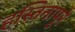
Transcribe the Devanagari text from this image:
हस्तिनापुरे